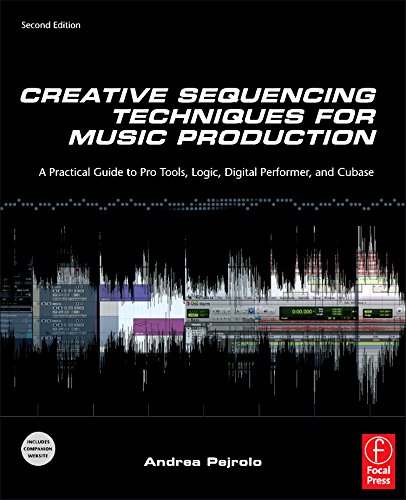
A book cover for Creative Sequencing Techniques for Music Production: A Practical Guide to Pro Tools, Logic, Digital Performer, and Cubase; Andrea Pejrolo; Computers & Technology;